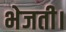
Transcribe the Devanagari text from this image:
भेजती।